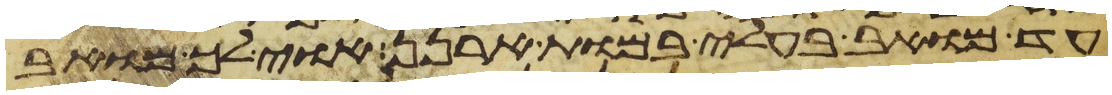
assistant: עד מואב בעלי במות ארנן אוי לך מואב